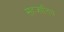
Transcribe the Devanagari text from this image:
सहजातिय